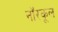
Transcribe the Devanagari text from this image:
नॉरकूल